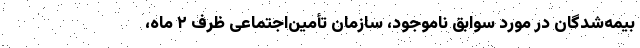
بیمه‌شدگان در مورد سوابق ناموجود، سازمان تأمین‌اجتماعی ظرف ۲ ماه،